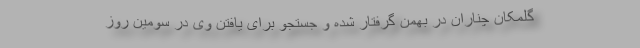
گلمکان چناران در بهمن گرفتار شده و جستجو برای یافتن وی در سومین روز